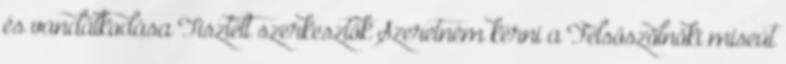
és vandálkodása Tisztelt szerkesztők Szeretném kérni a Felsőszölnöki miseút